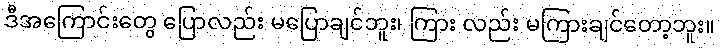
ဒီအကြောင်းတွေ ပြောလည်း မပြောချင်ဘူး၊ ကြား လည်း မကြားချင်တော့ဘူး။